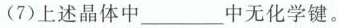
(7)上述晶体中___中无化学键。